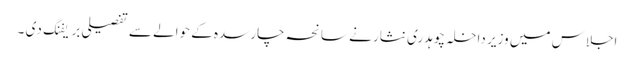
اجلاس میں وزیر داخلہ چوہدری نثار نے سانحہ چارسدہ کے حوالے سے تفصیلی بریفنگ دی ۔